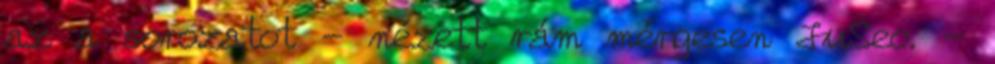
az a sorozatot - nézett rám mérgesen JuSeo. -